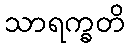
သာရက္ခတိ